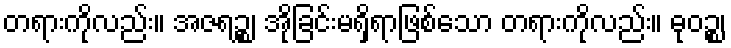
တရားကိုလည်း။ အဇရဉ္စ၊ အိုခြင်းမရှိရာဖြစ်သော တရားကိုလည်း။ ဓုဝဉ္စ၊